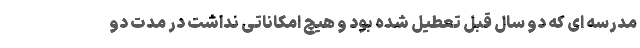
مدرسه ای که دو سال قبل تعطیل شده بود و هیچ امکاناتی نداشت در مدت دو